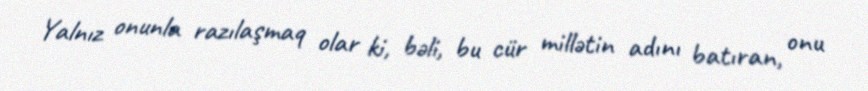
Yalnız onunla razılaşmaq olar ki, bəli, bu cür millətin adını batıran, onu